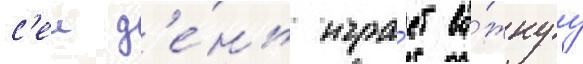
с'еи д'е́нь игра́ет ва́жнуу